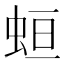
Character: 𧊳